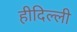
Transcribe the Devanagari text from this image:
हीदिल्ली